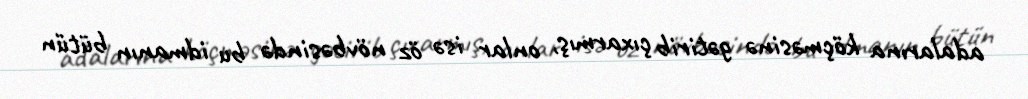
adalarına köçməsinə gətirib çıxarmış, onlar isə öz növbəsində bu idmanın bütün